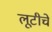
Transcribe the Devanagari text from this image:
लूटीचे